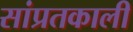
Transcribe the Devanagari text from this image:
सांप्रतकाली